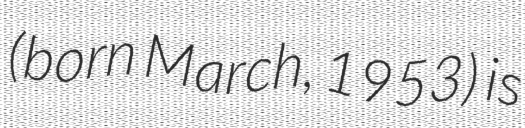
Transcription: (born March, 1953) is